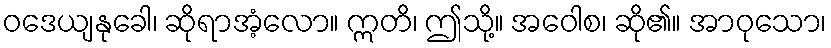
ဝဒေယျနုခေါ၊ ဆိုရာအံ့လော။ ဣတိ၊ ဤသို့။ အဝေါစ၊ ဆို၏။ အာဝုသော၊